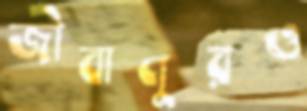
জীবাণুরও